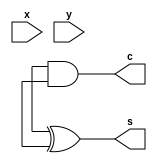
module HalfAdder(input x, input y, output s, output c);
	/*assign s = x | y;
	assign c = x & y;*/
	xor G1(s, a, b);
	and G2(c, a, b);
endmodule

module FullAdder(input x, input y, input z, output s, output c);
	wire w1, w2, w3;
	HalfAdder HA1(x, y, w2, w1);
	HalfAdder HA2(w2, z, s, w3);
	or G1(c, w1, w3);
endmodule

module Adder4BitStructural(input[3:0] a, input[3:0] b, input c_in, output[3:0] s, output c_out);
	wire[3:1] w;
	FullAdder FA1(a[0], b[0], c_in, s[0], w[1]);
	FullAdder FA2(a[1], b[1], w[1], s[1], w[2]);
	FullAdder FA3(a[2], b[2], w[2], s[2], w[3]);
	FullAdder FA4(a[3], b[3], w[3], s[3], c_out);
endmodule

module Adder4BitDataflow(input[3:0] a, input[3:0] b, input c_in, output[3:0] s, output c_out);
	wire [4:0] result;
	assign result = a + b + c_in;
	assign c_out = result[4];
	assign s = result[3:0];
endmodule

module Adder4BitTest;
	wire[3:0] s;
	wire c_out;
	reg[3:0] a, b;
	
	Adder4BitStructural adder_4_bit(a, b, 1'b0, s, c_out);
	initial begin
		$monitor("%d a=%b, b=%b, s=%b, c_out=%b", $time, a, b, s, c_out);
		#10
		a = 2;
		b = 2;
	end
endmodule